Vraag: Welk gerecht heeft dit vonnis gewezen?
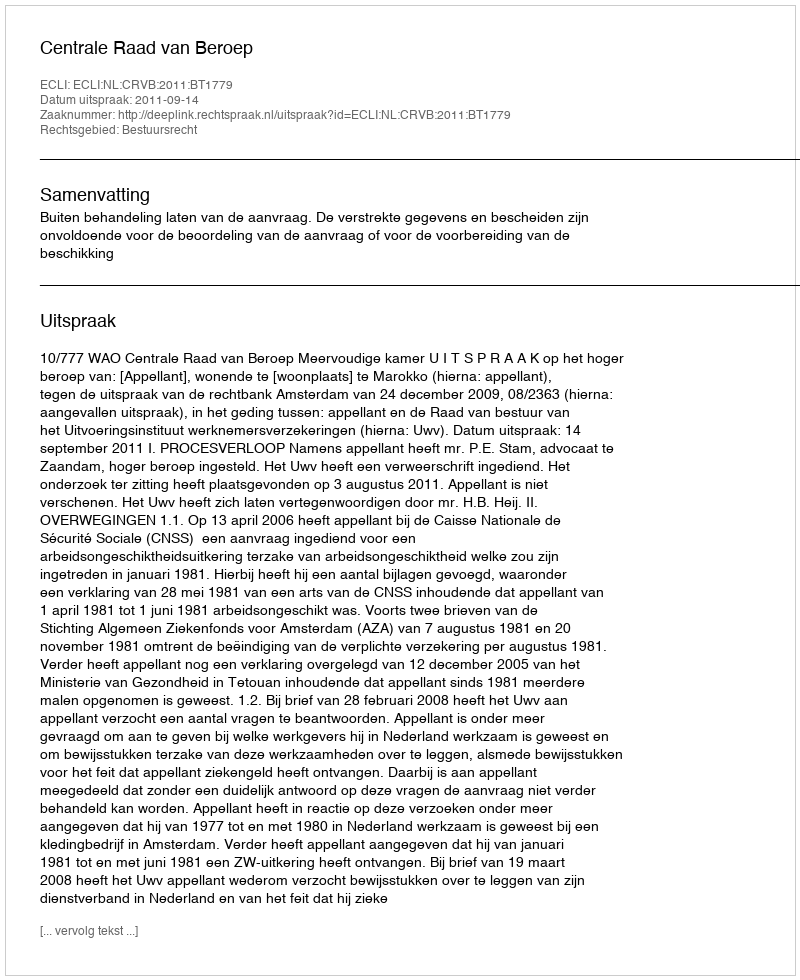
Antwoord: Centrale Raad van Beroep